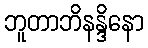
ဘူတာဘိနန္ဒိနော